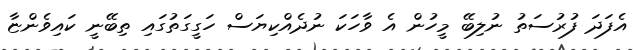
އެފަދަ ފުރުސަތު ނުލިބޭ މީހުން އެ ވާހަކަ ނުދެއްކިޔަސް ހަގީގަތުގައި ތިބޭނީ ކައިވެންޏާ